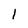
Character: 1